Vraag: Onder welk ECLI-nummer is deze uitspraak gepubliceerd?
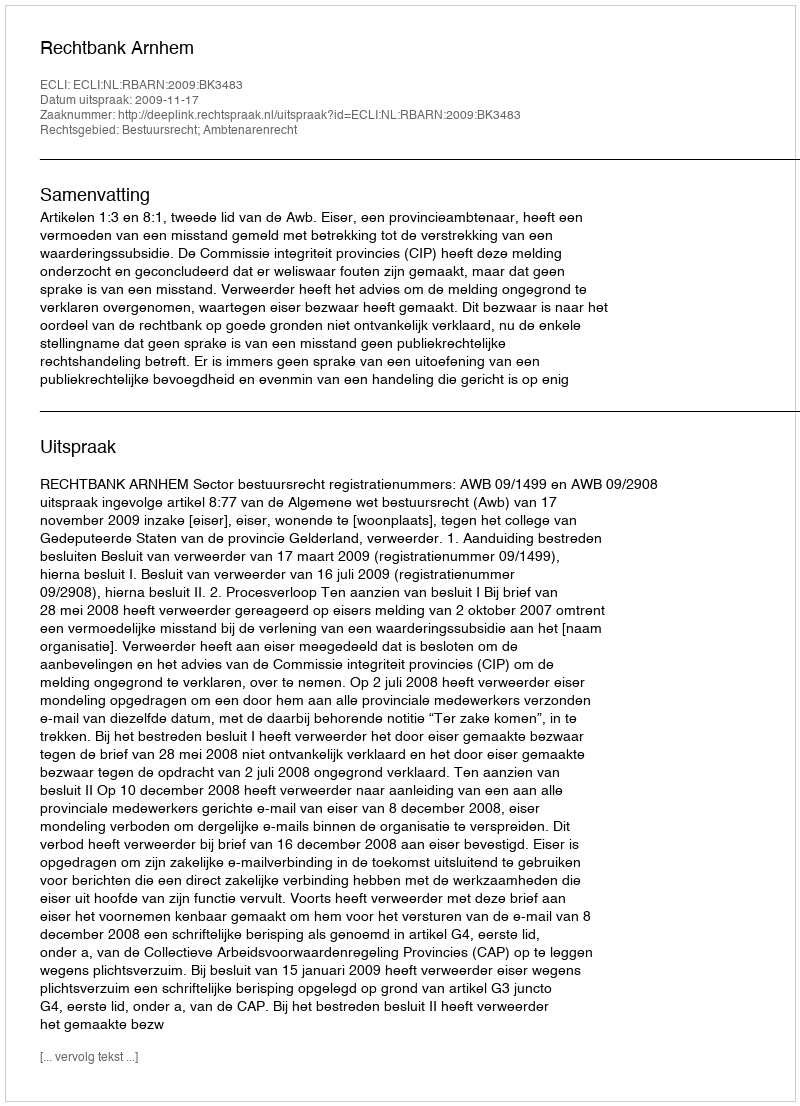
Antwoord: ECLI:NL:RBARN:2009:BK3483